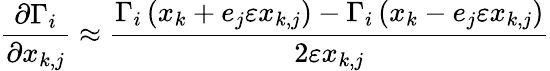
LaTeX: \frac{\partial\Gamma_{i}}{\partial x_{k,j}}\approx\frac{\Gamma_{i}\left(x_{k}+e_{j}\varepsilon x_{k,j}\right)-\Gamma_{i}\left(x_{k}-e_{j}\varepsilon x_{k,j}\right)}{2\varepsilon x_{k,j}}